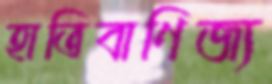
হাতিবাণিজ্য